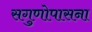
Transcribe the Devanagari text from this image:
सगुणोपासना